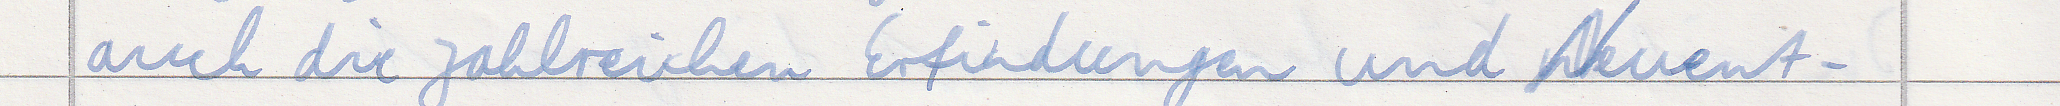
auch die zahlreichen Erfindungen und Neuent-